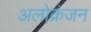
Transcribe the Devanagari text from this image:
अलोक्रंजन